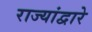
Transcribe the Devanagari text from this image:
राज्यांद्वारे